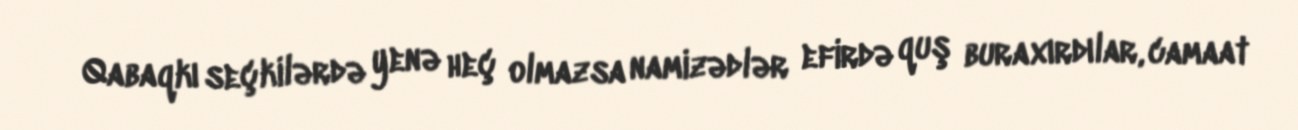
Qabaqkı seçkilərdə yenə heç olmazsa namizədlər efirdə quş buraxırdılar, camaat